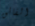
الفائق